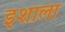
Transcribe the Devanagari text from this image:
इशाला